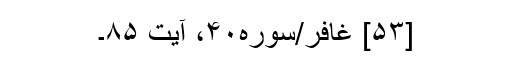
[۵۳] غافر/سوره۴۰، آیت ۸۵۔